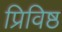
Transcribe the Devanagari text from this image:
प्रिविष्ठ